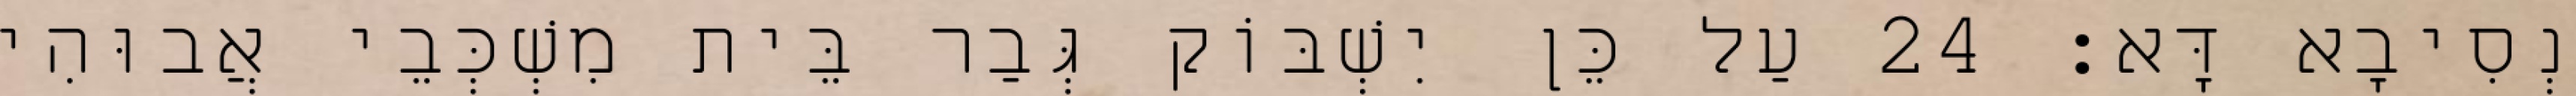
נְסִיבָא דָּא׃ 24 עַל כֵּן יִשְׁבּוֹק גְּבַר בֵּית מִשְׁכְּבֵי אֲבוּהִי